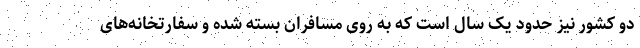
دو کشور نیز حدود یک سال است که به روی مسافران بسته شده و سفارتخانه‌های